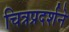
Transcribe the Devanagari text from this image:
चित्रप्रदर्शने